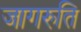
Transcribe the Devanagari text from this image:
जागरुति